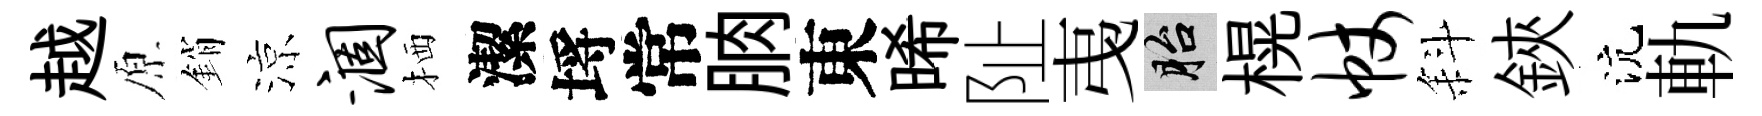
越原銷涼涸栖潔埓常朒東晞阯𢎯胎榥帐斜鋏沆軌